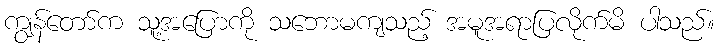
ကျွန်တော်က သူ့အပြောကို သဘောမကျသည့် အမူအရာပြလိုက်မိ ပါသည်။